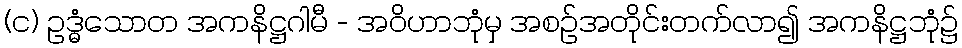
(င) ဥဒ္ဓံသောတ အကနိဋ္ဌဂါမီ - အဝိဟာဘုံမှ အစဉ်အတိုင်းတက်လာ၍ အကနိဋ္ဌဘုံ၌